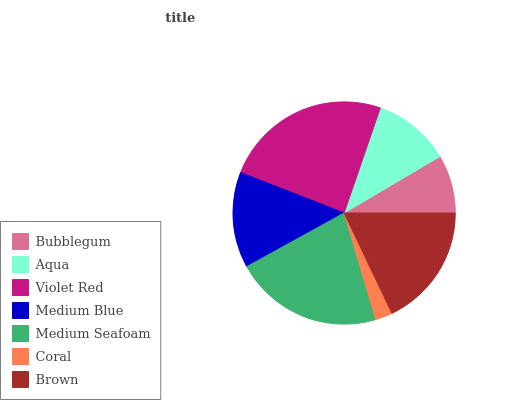
| Bubblegum | Aqua | Violet Red | Medium Blue | Medium Seafoam | Coral | Brown |
 | --- | --- | --- | --- | --- | --- | --- |
 | 8.47% | 11.2% | 24.3% | 13.9% | 21.6% | 2.49% | 18% |